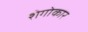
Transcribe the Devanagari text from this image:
शेगोकार